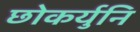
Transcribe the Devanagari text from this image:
छोकर्युनि